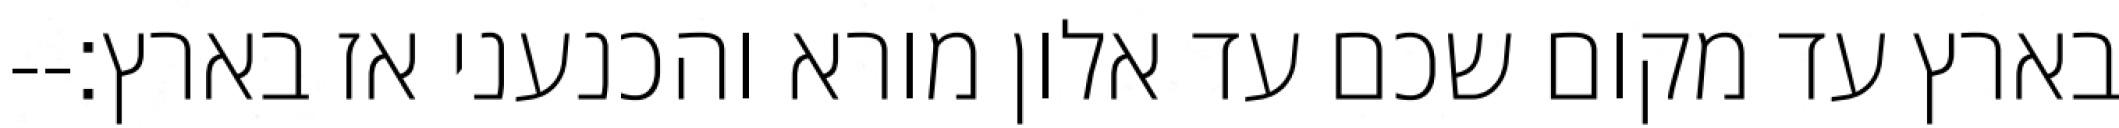
בארץ עד מקום שכם עד אלון מורא והכנעני אז בארץ׃--